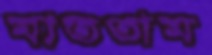
মাততাম